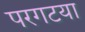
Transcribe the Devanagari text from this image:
परगटया